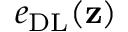
e _ { \mathrm { D L } } ( \mathbf { z } )